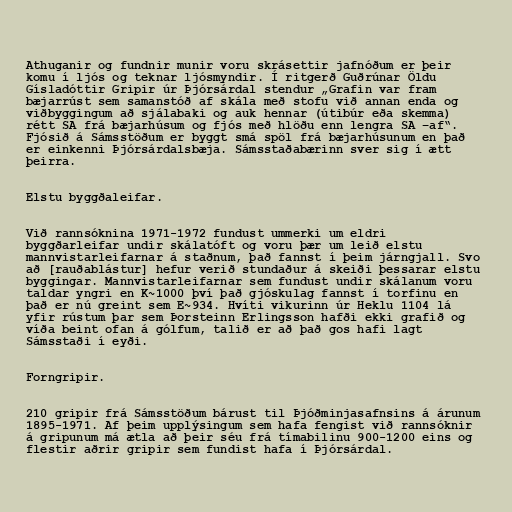
Athuganir og fundnir munir voru skrásettir jafnóðum er þeir
komu í ljós og teknar ljósmyndir. Í ritgerð Guðrúnar Öldu
Gísladóttir Gripir úr Þjórsárdal stendur „Grafin var fram
bæjarrúst sem samanstóð af skála með stofu við annan enda og
viðbyggingum að sjálabaki og auk hennar (útibúr eða skemma)
rétt SA frá bæjarhúsum og fjós með hlöðu enn lengra SA –af“.
Fjósið á Sámsstöðum er byggt smá spöl frá bæjarhúsunum en það
er einkenni Þjórsárdalsbæja. Sámsstaðabærinn sver sig í ætt
þeirra.

Elstu byggðaleifar.

Við rannsóknina 1971-1972 fundust ummerki um eldri
byggðarleifar undir skálatóft og voru þær um leið elstu
mannvistarleifarnar á staðnum, það fannst í þeim járngjall. Svo
að [rauðablástur] hefur verið stundaður á skeiði þessarar elstu
byggingar. Mannvistarleifarnar sem fundust undir skálanum voru
taldar yngri en K~1000 því það gjóskulag fannst í torfinu en
það er nú greint sem E~934. Hvíti vikurinn úr Heklu 1104 lá
yfir rústum þar sem Þorsteinn Erlingsson hafði ekki grafið og
víða beint ofan á gólfum, talið er að það gos hafi lagt
Sámsstaði í eyði.

Forngripir.

210 gripir frá Sámsstöðum bárust til Þjóðminjasafnsins á árunum
1895-1971. Af þeim upplýsingum sem hafa fengist við rannsóknir
á gripunum má ætla að þeir séu frá tímabilinu 900-1200 eins og
flestir aðrir gripir sem fundist hafa í Þjórsárdal.